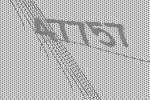
47757